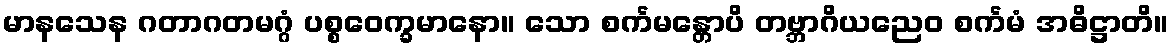
မာနသေန ဂတာဂတမဂ္ဂံ ပစ္စဝေက္ခမာနော။ သော စင်္ကမန္တောပိ တဗ္ဘာဂိယညေဝ စင်္ကမံ အဓိဋ္ဌာတိ။